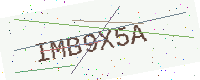
Text: IMB9X5A